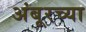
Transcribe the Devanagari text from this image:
अंबूरच्या